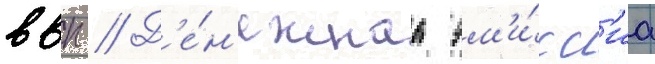
ввп // Д'е́н'ежнаа эм'и́сс'иа